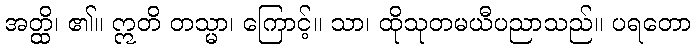
အတ္ထိ၊ ၏။ ဣတိ တသ္မာ၊ ကြောင့်။ သာ၊ ထိုသုတမယီပညာသည်။ ပရတော